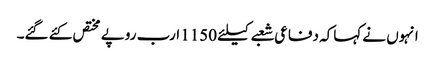
انہوں نے کہاکہ دفاعی شعبے کیلئے 1150 ارب روپے مختص کئے گئے۔